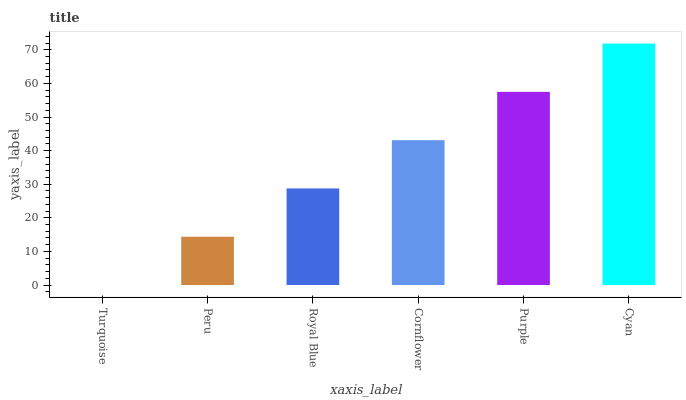
| xaxis_label | bars |
 | --- | --- |
 | Turquoise | 0 |
 | Peru | 14.4 |
 | Royal Blue | 28.7 |
 | Cornflower | 43.1 |
 | Purple | 57.5 |
 | Cyan | 71.9 |